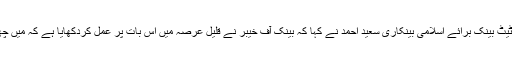
کانفرنس سے خطاب کرتے ہوئے ڈپٹی گورنراسٹیٹ بینک برائے اسلامی بینکاری سعید احمد نے کہا کہ بینک آف خیبر نے قلیل عرصہ میں اس بات پر عمل کردکھایا ہے کہ میں چھوٹا سا اک بچہ ہوں پر کام کروں گا بڑے بڑے ۔